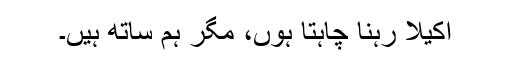
اکیلا رہنا چاہتا ہوں، مگر ہم ساتھ ہیں۔